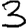
Digit: 3